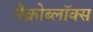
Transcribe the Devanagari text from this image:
मैक्रोब्लॉक्स